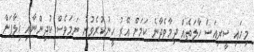
މިހައި ސީރިއަސް ހާލަތެއް ދިމާވެދާނެ ކަމަށް އޭރު ހީނުކުރެވުނު ނަމަވެސް ކުދިންނާއި ޚިލާފަށް